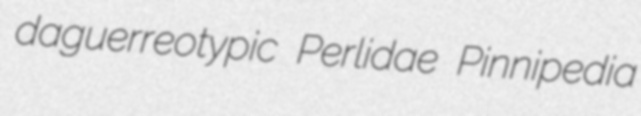
daguerreotypic Perlidae Pinnipedia